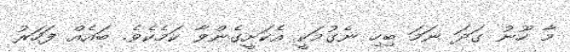
މާ ހޫނު ގަދަ ނަމަ ބިހި ނެގުމަކީ އެކަށީގެންވާ ކަމެކެވެ. ބައެއް ފަހަރު